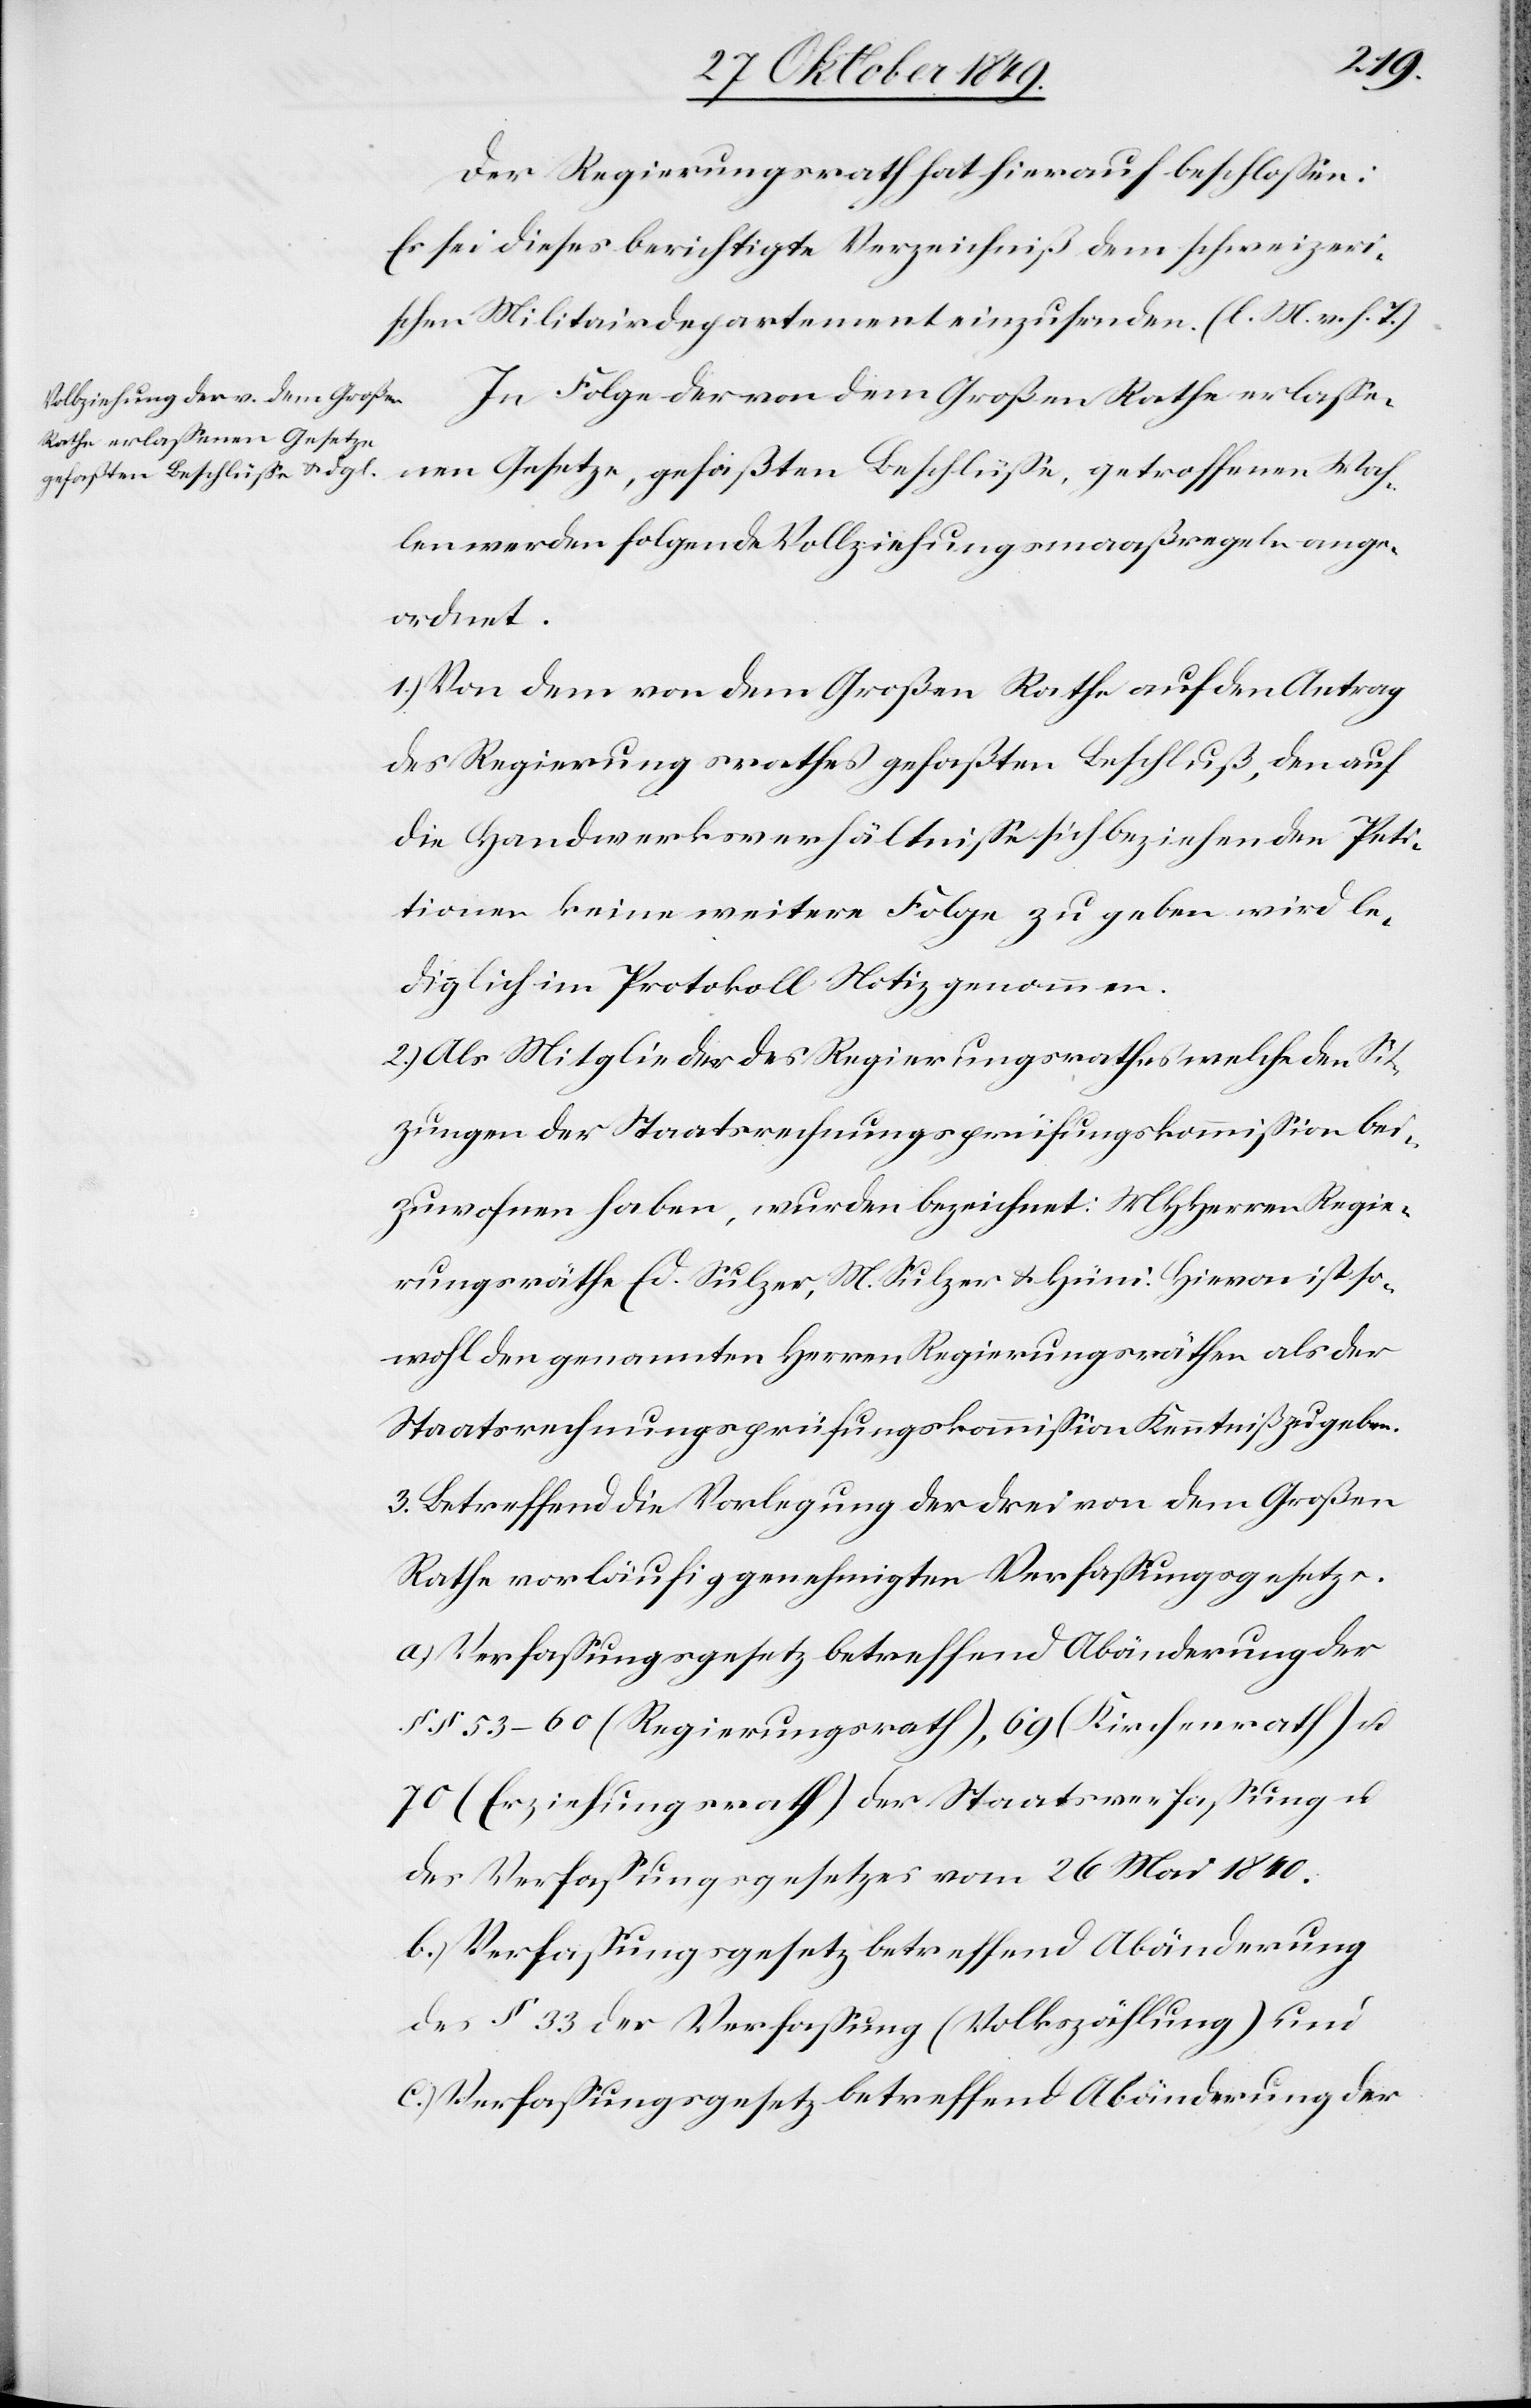
Der Regierungsrath hat hierauf beschloßen:
Es sei dieses berichtigte Verzeichniß dem schweizeri¬
schen Militärdepartement einzusenden. [l. M. v. h. T]
In Folge der von dem Großen Rathe erlaße¬
nen Gesetze, gefaßten Beschlüße getroffenen Wah¬
len werden folgende Vollziehungsmaaßregeln ange¬
ordnet.
1.) Von dem von dem Großen Rathe auf den Antrag
des Regierungsrathes gefaßten Beschluß, den auf
die Handwerksverhältniße sich beziehenden Peti¬
tionen keine weitern Folge zu geben wird le¬
diglich im Protokoll Notiz genommen.
2.) Als Mitglieder des Regierungsrathes welche den Sit¬
zungen der Staatsrechnungsprüfungskommißion bei¬
zuwohnen haben, wurden bezeichnet: MHHerrn Regie¬
rungsräthe Ed. Sulzer, M. Sulzer u. Hüni. Hievon ist so¬
wohl den genannten Herrn Regierungsräthen als der
Staatsrechnungsprüfungskommißion Kenntniß zu geben.
3.) Betreffend die Vorlegung der drei von dem Großen
Rathe vorläufig genehmigten Verfaßungsgesetze.
c.) Verfaßungsgesetz betreffend Abänderung der
§§ 53–60 (Regierungsrath), 69 (Kirchenrath) u.
70 (Erziehungsrath) der Staatsverfaßung u.
des Verfaßungsgesetzes vom 26 Mai 1840.
b.) Verfaßungsgesetz betreffend Abänderung
des § 33 der Verfaßung (Volkszählung) und